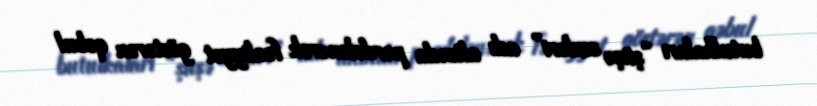
butulkaları “şüşə sexləri” adı altında pərdələnərək fəaliyyət göstərən qəbul